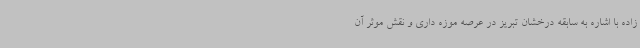
زاده با اشاره به سابقه درخشان تبریز در عرصه موزه داری و نقش موثر آن